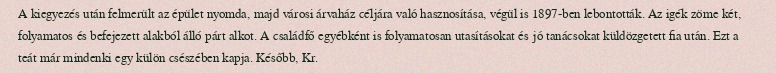
A kiegyezés után felmerült az épület nyomda, majd városi árvaház céljára való hasznosítása, végül is 1897-ben lebontották. Az igék zöme két, folyamatos és befejezett alakból álló párt alkot. A családfő egyébként is folyamatosan utasításokat és jó tanácsokat küldözgetett fia után. Ezt a teát már mindenki egy külön csészében kapja. Később, Kr.